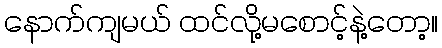
နောက်ကျမယ် ထင်လို့မစောင့်နဲ့တော့။